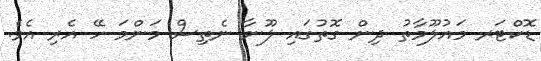
ޑޮކްޓަރ މައުލޫމާތު ދިން ގޮތުގައި ލޫނާ ނެތިސް މަންމަ ހޭ އެރި އެވެ.